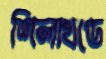
শিলাখণ্ডে